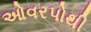
ઓવરપોથી